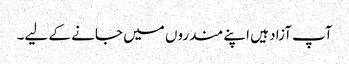
آپ آزاد ہیں اپنے مندروں میں جانے کے لیے۔